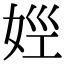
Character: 𡜣